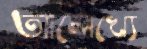
আলেখ্যে